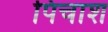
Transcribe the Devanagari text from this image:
पिचाश